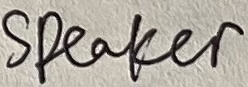
Text: speaker